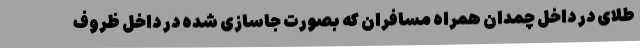
طلای در داخل چمدان همراه مسافران که بصورت جاسازی شده در داخل ظروف